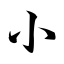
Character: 小